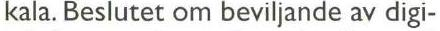
kala. Beslutet om beviljande av digi-